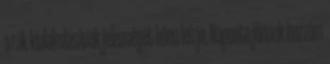
a rák kialakulásának jelenségét hűen leírja. Naponta jönnek hozzám